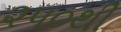
૨૫૦થી